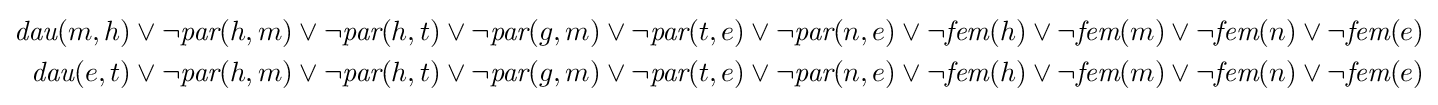
{\begin{aligned}{\textit {dau}}(m,h)\lor \lnot {\textit {par}}(h,m)\lor \lnot {\textit {par}}(h,t)\lor \lnot {\textit {par}}(g,m)\lor \lnot {\textit {par}}(t,e)\lor \lnot {\textit {par}}(n,e)\lor \lnot {\textit {fem}}(h)\lor \lnot {\textit {fem}}(m)\lor \lnot {\textit {fem}}(n)\lor \lnot {\textit {fem}}(e)\\{\textit {dau}}(e,t)\lor \lnot {\textit {par}}(h,m)\lor \lnot {\textit {par}}(h,t)\lor \lnot {\textit {par}}(g,m)\lor \lnot {\textit {par}}(t,e)\lor \lnot {\textit {par}}(n,e)\lor \lnot {\textit {fem}}(h)\lor \lnot {\textit {fem}}(m)\lor \lnot {\textit {fem}}(n)\lor \lnot {\textit {fem}}(e)\end{aligned}}